Report on the working of the Ranchi Indian Mental Hospital, Kanke, in Bihar and Orissa - 1930-1940
Year: 1930
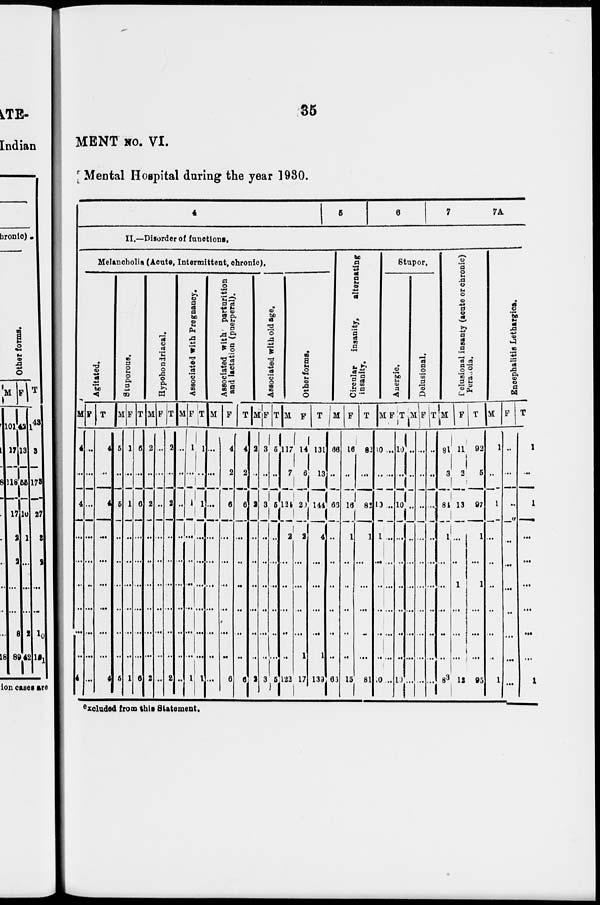
35
MENT No. VI.
Mental Hospital during the year 1930.
4 5
6
7
7A
II.—Disorder of functions.
Melancholia (Acute, Intermittent, chronic).
Agitated.
M
4
...
4
...
...
...
...
...
...
4
F
...
...
...
...
...
...
...
...
...
...
T
4
...
4
...
...
...
...
...
...
4
Stuporous.
M
5
...
5
...
...
...
...
...
...
5
F
1
...
1
...
...
...
...
...
...
1
T
6
...
6
...
...
...
...
...
...
6
Hypohondriacal.
M
2
...
2
...
...
...
...
...
...
2
F
...
...
...
...
...
...
...
...
...
...
T
2
...
2
...
...
...
...
...
...
2
Associated with Pregnancy.
M
...
...
...
...
...
...
...
...
...
...
F
1
...
1
...
...
...
...
...
...
1
T
1
...
1
...
...
...
...
...
...
1
Associated with parturition
and lactation (puerperal).
M
...
...
...
...
...
...
...
...
...
...
F
4
2
6
...
...
...
...
...
...
6
T
4
2
6
...
...
...
...
...
...
6
Associated with old age.
M
2
...
2
...
...
...
...
...
...
2
F
3
...
3
...
...
...
...
...
...
3
T
5
...
5
...
...
...
...
...
...
5
Other forms.
M
117
7
124
2
...
...
...
...
...
122
F
14
6
20
2
...
...
...
...
1
17
T
131
13
144
4
...
...
...
...
1
139
Circular insanity,
alternating
insanity.
M
66
...
66
...
...
...
...
...
...
66
F
16
...
16
1
...
...
...
...
...
15
T
82
...
82
1
...
...
...
...
...
81
Stupor.
Anergic.
M
10
...
10
1
...
...
...
...
...
10
F
...
...
...
...
...
...
...
...
...
...
T
10
...
10
...
...
...
...
...
...
10
Delusional.
M
...
...
...
...
...
...
...
...
...
...
F
...
...
...
...
...
...
...
...
...
...
T
...
...
...
...
...
...
...
...
...
...
Delusional insanty (acute or chronic)
Peranoia.
M
81
3
84
1
...
...
...
...
...
83
F
11
2
13
...
...
1
...
...
...
12
T
92
5
97
1
...
1
...
...
...
95
Encephalitis Lethargica.
M
1
...
1
...
...
...
...
...
...
1
F
...
...
...
...
...
...
...
...
...
...
T
1
...
1
...
...
...
...
...
...
1
excluded from this Statement.